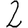
Digit: 2